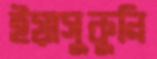
ইয়াসুকুনি